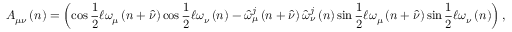
A _ { \mu \nu } \left( n \right) = \left( \cos \frac { 1 } { 2 } \mathcal { \ell } \omega _ { \mu } \left( n + \widehat { \nu } \right) \cos \frac { 1 } { 2 } \mathcal { \ell } \omega _ { \nu } \left( n \right) - \widehat { \omega } _ { \mu } ^ { j } \left( n + \widehat { \nu } \right) \widehat { \omega } _ { \nu } ^ { j } \left( n \right) \sin \frac { 1 } { 2 } \mathcal { \ell } \omega _ { \mu } \left( n + \widehat { \nu } \right) \sin \frac { 1 } { 2 } \mathcal { \ell } \omega _ { \nu } \left( n \right) \right) ,